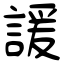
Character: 諼